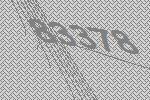
83378